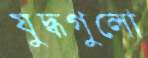
যুদ্ধগুলো